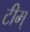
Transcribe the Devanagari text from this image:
टीम्